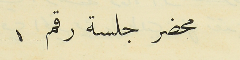
محضر جلسة رقم ١